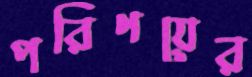
পরিণয়ের